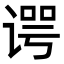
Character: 谔